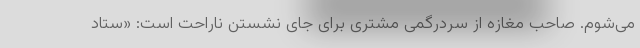
می‌شوم. صاحب مغازه از سردرگمی مشتری برای جای نشستن ناراحت است: «ستاد